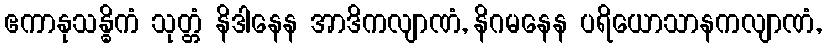
ဧကာနုသန္ဓိကံ သုတ္တံ နိဒါနေန အာဒိကလျာဏံ, နိဂမနေန ပရိယောသာနကလျာဏံ,